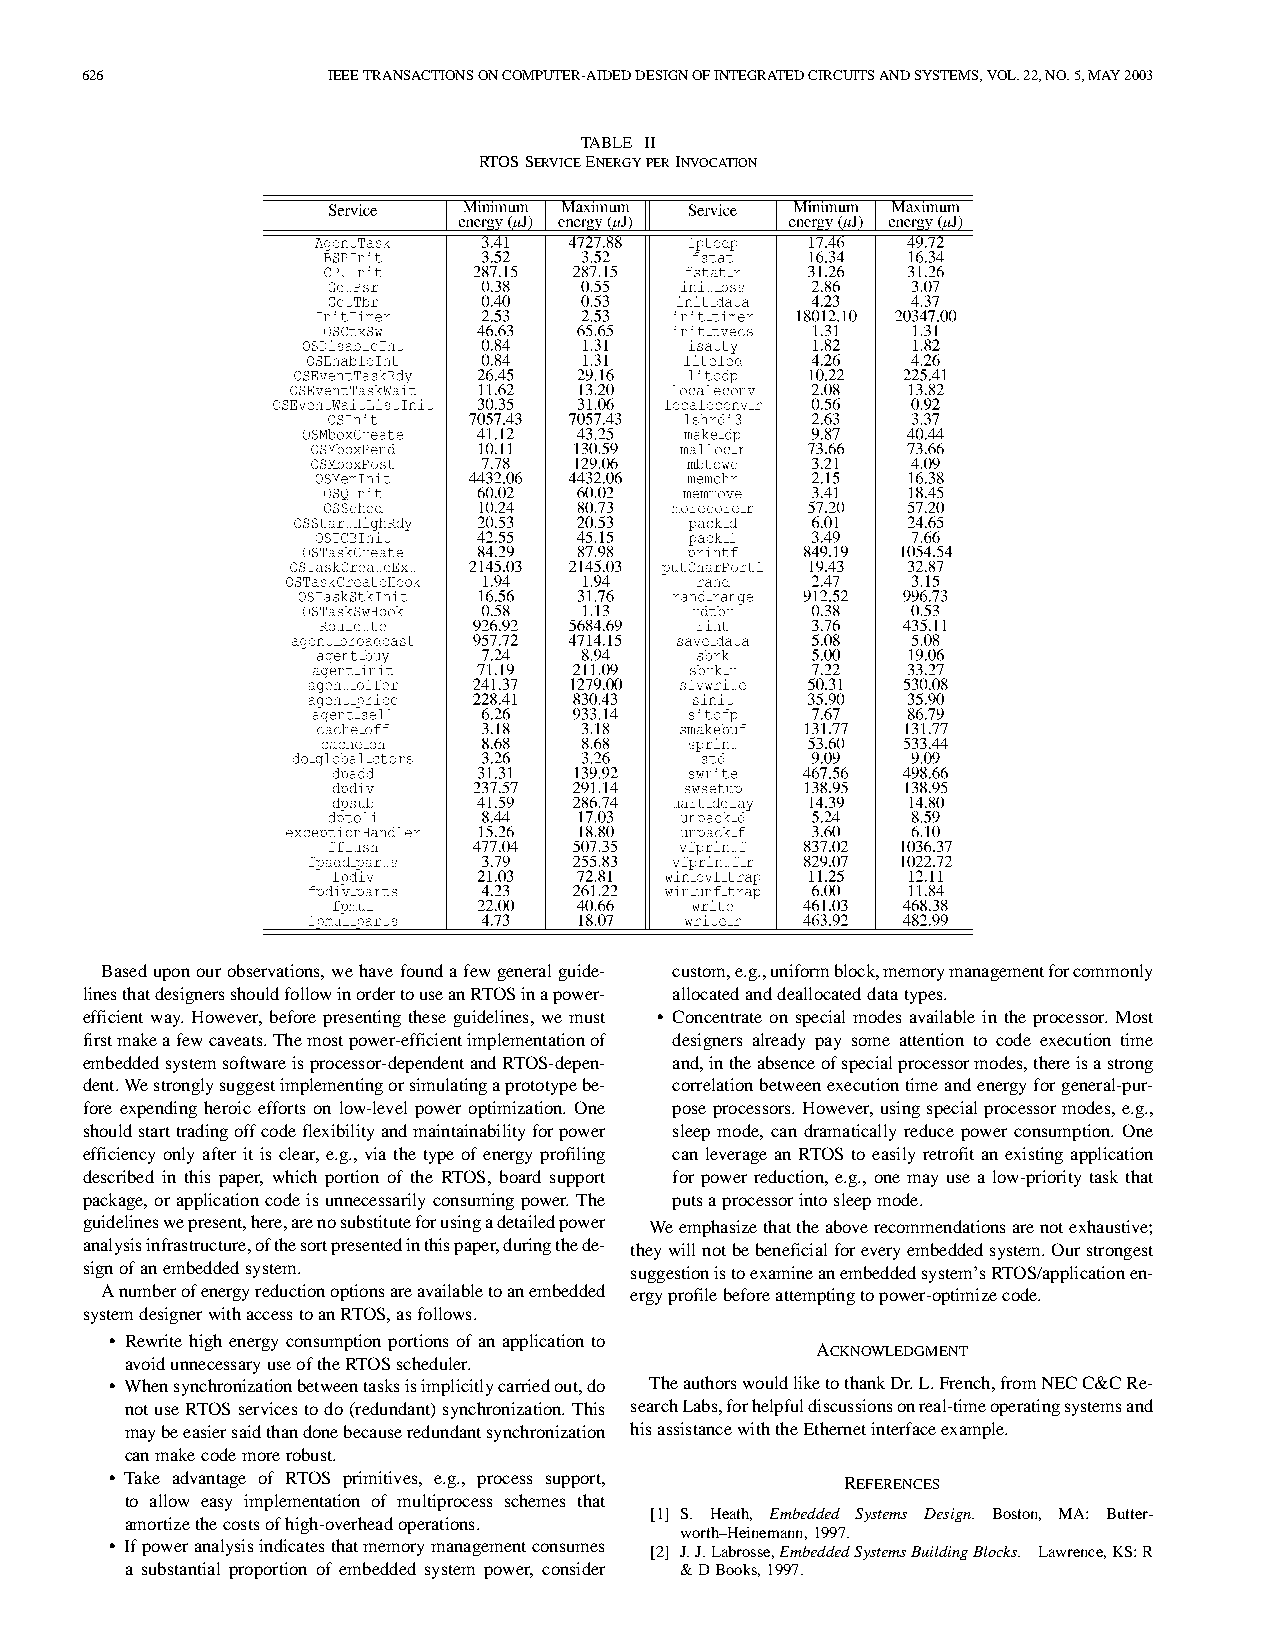
626              IEEETRANSACTIONSONCOMPUTER-AIDEDDESIGNOFINTEGRATEDCIRCUITSANDSYSTEMS,VOL.22,NO.5,MAY2003
 TABLE II
 RTOSSERVICEENERGYPERINVOCATION
 Baseduponourobservations,wehavefoundafewgeneralguide- custom,e.g.,uniformblock,memorymanagementforcommonly
 linesthatdesignersshouldfollowinordertouseanRTOSinapower- allocatedanddeallocateddatatypes.
 efficient way. However, before presenting these guidelines, we must • Concentrate on special modes available in the processor. Most
 firstmakeafewcaveats.Themostpower-efficientimplementationof designers already pay some attention to code execution time
 embeddedsystemsoftwareisprocessor-dependentandRTOS-depen- and,intheabsenceofspecialprocessormodes,thereisastrong
 dent.Westronglysuggestimplementingorsimulatingaprototypebe- correlationbetweenexecutiontimeandenergyforgeneral-pur-
 fore expending heroic efforts on low-level power optimization. One poseprocessors.However,usingspecialprocessormodes,e.g.,
 shouldstarttradingoffcodeflexibilityandmaintainabilityforpower sleep mode, can dramatically reduce power consumption. One
 efficiency only after it is clear, e.g., via the type of energy profiling can leverage an RTOS to easily retrofit an existing application
 described in this paper, which portion of the RTOS, board support for power reduction, e.g., one may use a low-priority task that
 package,orapplicationcodeisunnecessarilyconsumingpower.The putsaprocessorintosleepmode.
 guidelineswepresent,here,arenosubstituteforusingadetailedpower Weemphasizethattheaboverecommendationsarenotexhaustive;
 analysisinfrastructure,ofthesortpresentedinthispaper,duringthede- theywillnotbebeneficialforeveryembeddedsystem.Ourstrongest
 signofanembeddedsystem.              suggestionistoexamineanembeddedsystem’sRTOS/applicationen-
 Anumberofenergyreductionoptionsareavailabletoanembedded ergyprofilebeforeattemptingtopower-optimizecode.
 systemdesignerwithaccesstoanRTOS,asfollows.
 • Rewrite high energy consumptionportions of anapplicationto
 ACKNOWLEDGMENT
 avoidunnecessaryuseoftheRTOSscheduler.
 • Whensynchronizationbetweentasksisimplicitlycarriedout,do TheauthorswouldliketothankDr.L.French,fromNECC&CRe-
 notuseRTOSservicestodo(redundant)synchronization.This searchLabs,forhelpfuldiscussionsonreal-timeoperatingsystemsand
 maybeeasiersaidthandonebecauseredundantsynchronization hisassistancewiththeEthernetinterfaceexample.
 canmakecodemorerobust.
 • Take advantage of RTOS primitives, e.g., process support, REFERENCES
 to allow easy implementation of multiprocess schemes that
 [1] S. Heath, Embedded Systems Design. Boston, MA: Butter-
 amortizethecostsofhigh-overheadoperations.
 worth–Heinemann,1997.
 • Ifpoweranalysisindicatesthatmemorymanagementconsumes [2] J.J.Labrosse,EmbeddedSystemsBuildingBlocks. Lawrence,KS:R
 a substantial proportion of embedded system power, consider &DBooks,1997.